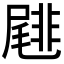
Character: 𡳕